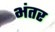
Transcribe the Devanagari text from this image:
भंतर